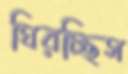
ঘিরচ্ছিস